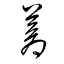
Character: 蒼